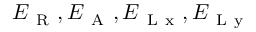
\boldsymbol { E } _ { \mathrm { ~ R ~ } } , \boldsymbol { E } _ { \mathrm { ~ A ~ } } , \boldsymbol { E } _ { \mathrm { ~ L ~ x ~ } } , \boldsymbol { E } _ { \mathrm { ~ L ~ y ~ } }